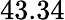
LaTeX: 43.34